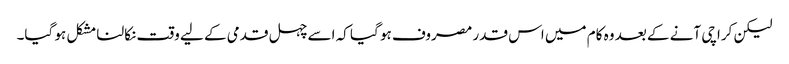
لیکن کراچی آنے کے بعد وہ کام میں اس قدر مصروف ہو گیا کہ اسے چہل قدمی کے لیے وقت نکالنا مشکل ہو گیا۔